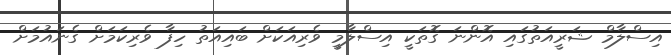
އިސްލާމް ޝަރީއަތުގައި އޮންނަ ގޮތަކީ އިސްލާމީ ވެރިއަކަށް ބައިއަތު ހިފާ ވެރިކަމަށް ގެނައުމަށް